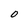
Character: O